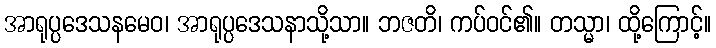
အာရုပ္ပဒေသနမေဝ၊ အာရုပ္ပဒေသနာသို့သာ။ ဘဇတိ၊ ကပ်ဝင်၏။ တသ္မာ၊ ထို့ကြောင့်။